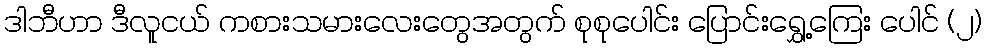
ဒါဘီဟာ ဒီလူငယ် ကစားသမားလေးတွေအတွက် စုစုပေါင်း ပြောင်းရွှေ့ကြေး ပေါင် (၂)